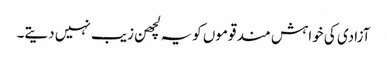
آزادی کی خواہش مند قوموں کویہ لچھن زیب نہیں دیتے۔